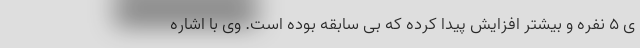
ی ۵ نفره و بیشتر افزایش پیدا کرده که بی سابقه بوده است. وی با اشاره